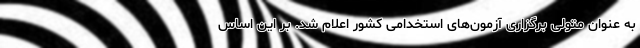
به عنوان متولی برگزاری آزمون‌های استخدامی کشور اعلام شد. بر این اساس